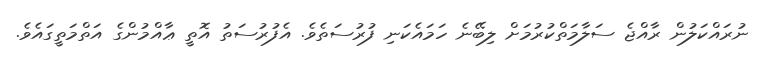
ނުރައްކަލުން ރާއްޖެ ސަލާމަތްކުރުމަށް ލިބޭނެ ހަމައެކަނި ފުރުސަތެވެ. އެފުރުސަތު އޮތީ ޢާއްމުންގެ އަތްމަތީގައެވެ.